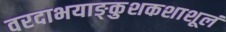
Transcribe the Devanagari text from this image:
वरदाभयाङ्कुशकशाशूलं